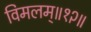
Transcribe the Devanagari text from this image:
विमलम्॥१२॥